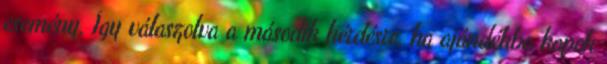
esemény. Így válaszolva a második kérdésre, ha ajándékba kapok